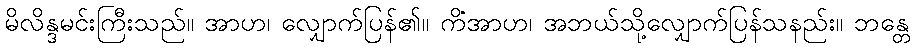
မိလိန္ဒမင်းကြီးသည်။ အာဟ၊ လျှောက်ပြန်၏။ ကိံအာဟ၊ အဘယ်သို့လျှောက်ပြန်သနည်း။ ဘန္တေ